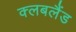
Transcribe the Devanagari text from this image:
क्लबलैंड